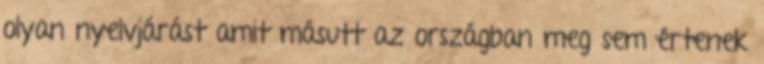
olyan nyelvjárást amit másutt az országban meg sem értenek